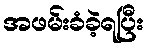
အဖမ်းခံခဲ့ရပြီး